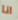
انا